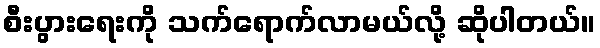
စီးပွားရေးကို သက်ရောက်လာမယ်လို့ ဆိုပါတယ်။